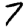
Digit: 7